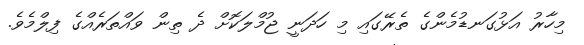
މިހާރު އަޅުގަނޑުމެންގެ ތެރޭގައި މި ހަދަނީ ޖުމްލަކޮށް ދެ ތިން ވައްތަރެއްގެ ފިލްމެވެ.